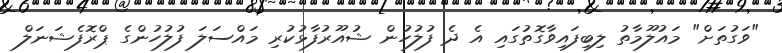
"ވަގުތަށް" މައުލޫމާތު ލިބިފައިވާގޮތުގައި އެ ދެ ފުލުހުން ޝުއޫރުފާޅުކުރި މައްސަލަ ފުލުހުންގެ ޕްރޮފެޝަނަލް